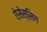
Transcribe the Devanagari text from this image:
ऐसेस्सिग